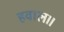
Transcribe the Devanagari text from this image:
हवाल।।